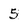
Character: 5